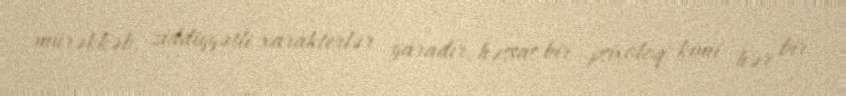
mürəkkəb, ziddiyyətli xarakterlər yaradır, həssas bir psixoloq kimi hər bir